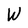
Character: W